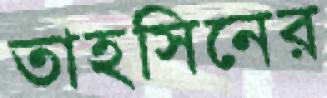
তাহসিনের